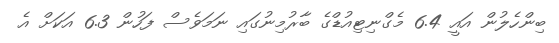
ބިންހެލުން އައީ 6.4 މެގްނިޓިއުޑްގެ ބާރުމިނުގައި ނަމަވެސް ފަހުން 6.3 އަކަށް އެ